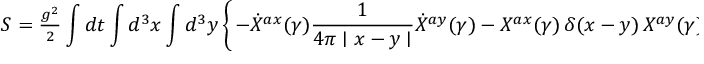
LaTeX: S = { \textstyle { \frac { g ^ { 2 } } { 2 } } } \int d t \int d ^ { 3 } { x } \int d ^ { 3 } { y } \left\{ \, - \dot { X } ^ { a x } ( \gamma ) \frac { 1 } { 4 \pi \mid x - y \mid } \dot { X } ^ { a y } ( \gamma ) - X ^ { a x } ( \gamma ) \, \delta ( x - y ) \, X ^ { a y } ( \gamma ) \, \right\}